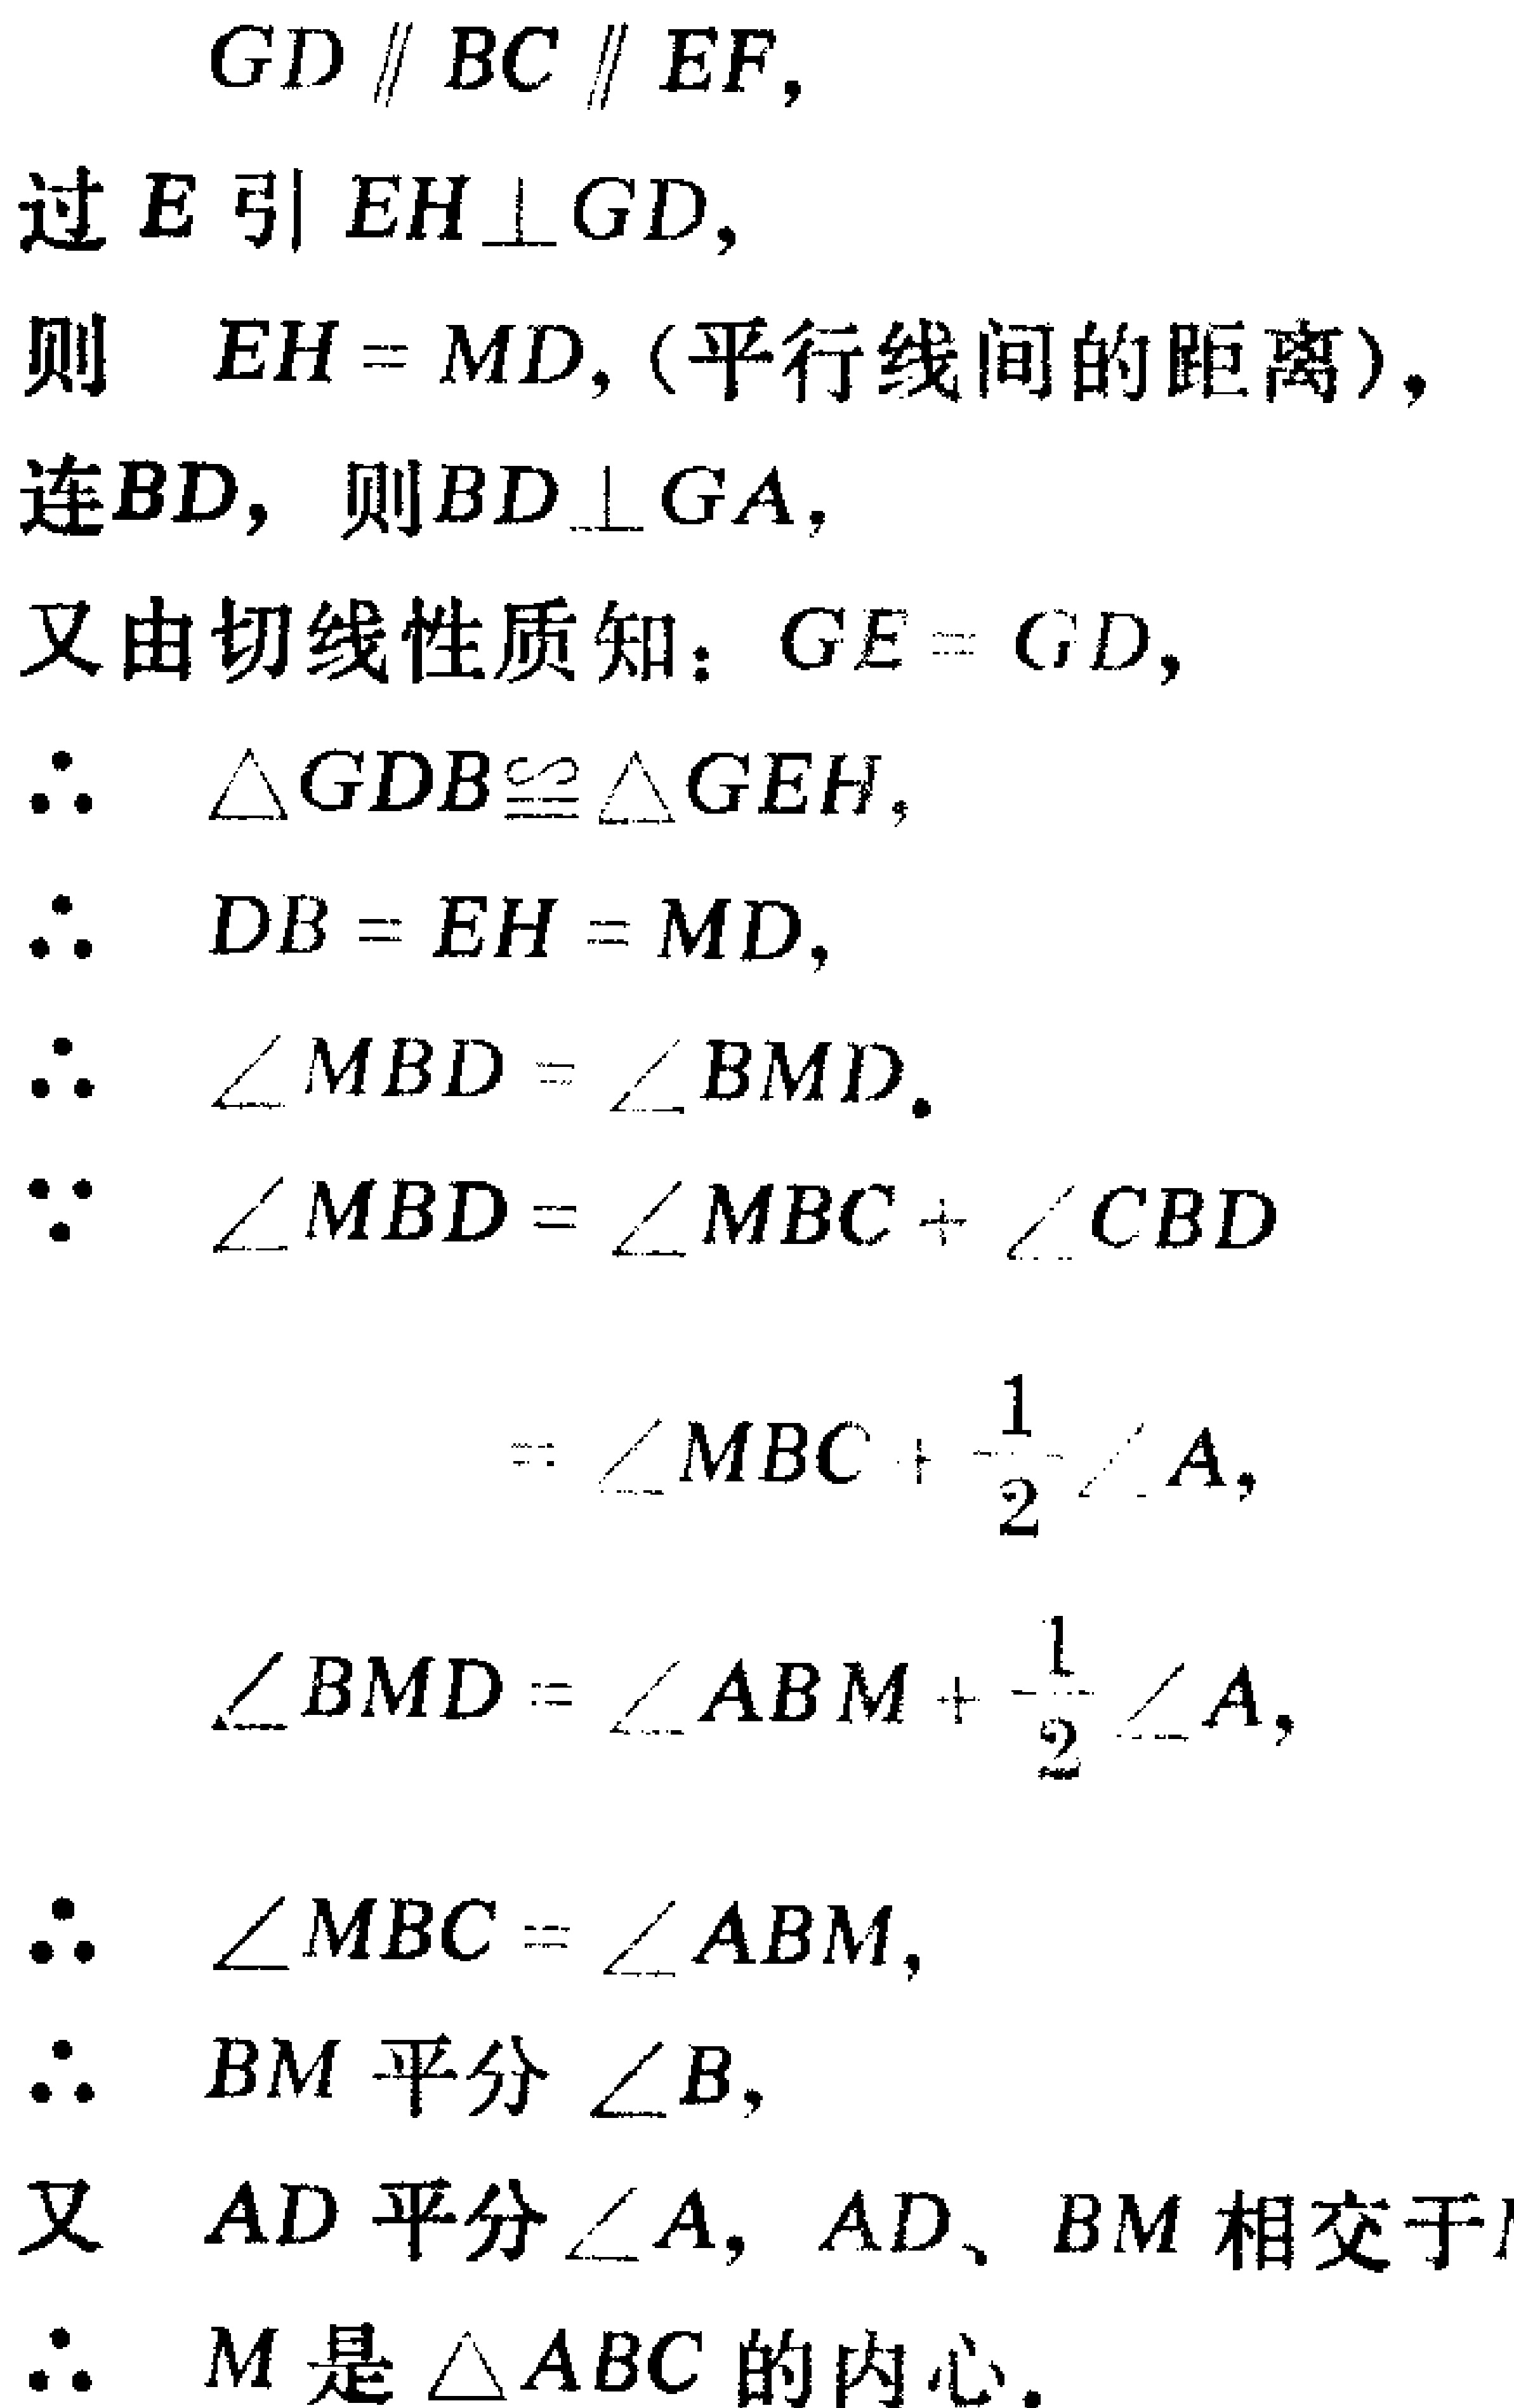
已知 \(GD \parallel BC \parallel EF\)，
过 \(E\) 引 \(EH\perp GD\)，
则 \(EH = MD\)，(平行线间的距离)，
连 \(BD\)，则 \(BD\perp GA\)，
又由切线性质知：\(GE = GD\)，
\(\therefore \triangle GDB\cong \triangle GEH\)，
\(\therefore DB = EH = MD\)，
\(\therefore \angle MBD = \angle BMD\)。
\(\because \angle MBD=\angle MBC+\angle CBD\)
\(=\angle MBC+\frac{1}{2}\angle A\)，
\(\angle BMD=\angle ABM+\frac{1}{2}\angle A\)，
\(\therefore \angle MBC = \angle ABM\)，
\(\therefore BM\) 平分 \(\angle B\)，
又 \(AD\) 平分 \(\angle A\)，\(AD\)、\(BM\) 相交于 \(I\)
\(\therefore M\) 是 \(\triangle ABC\) 的内心。